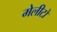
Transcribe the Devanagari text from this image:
मेलीटो